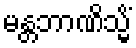
မန္တဘာဏိသ္မိံ